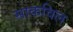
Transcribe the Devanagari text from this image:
साकविल